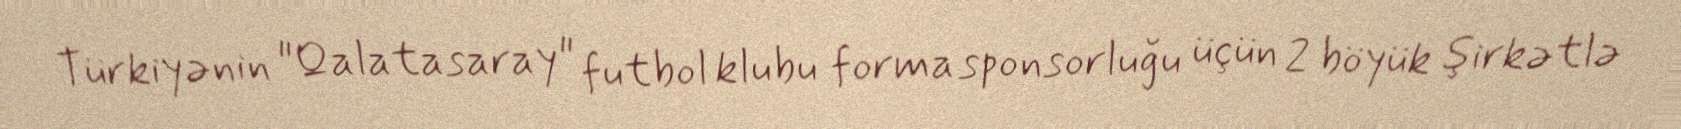
Türkiyənin "Qalatasaray" futbol klubu forma sponsorluğu üçün 2 böyük şirkətlə